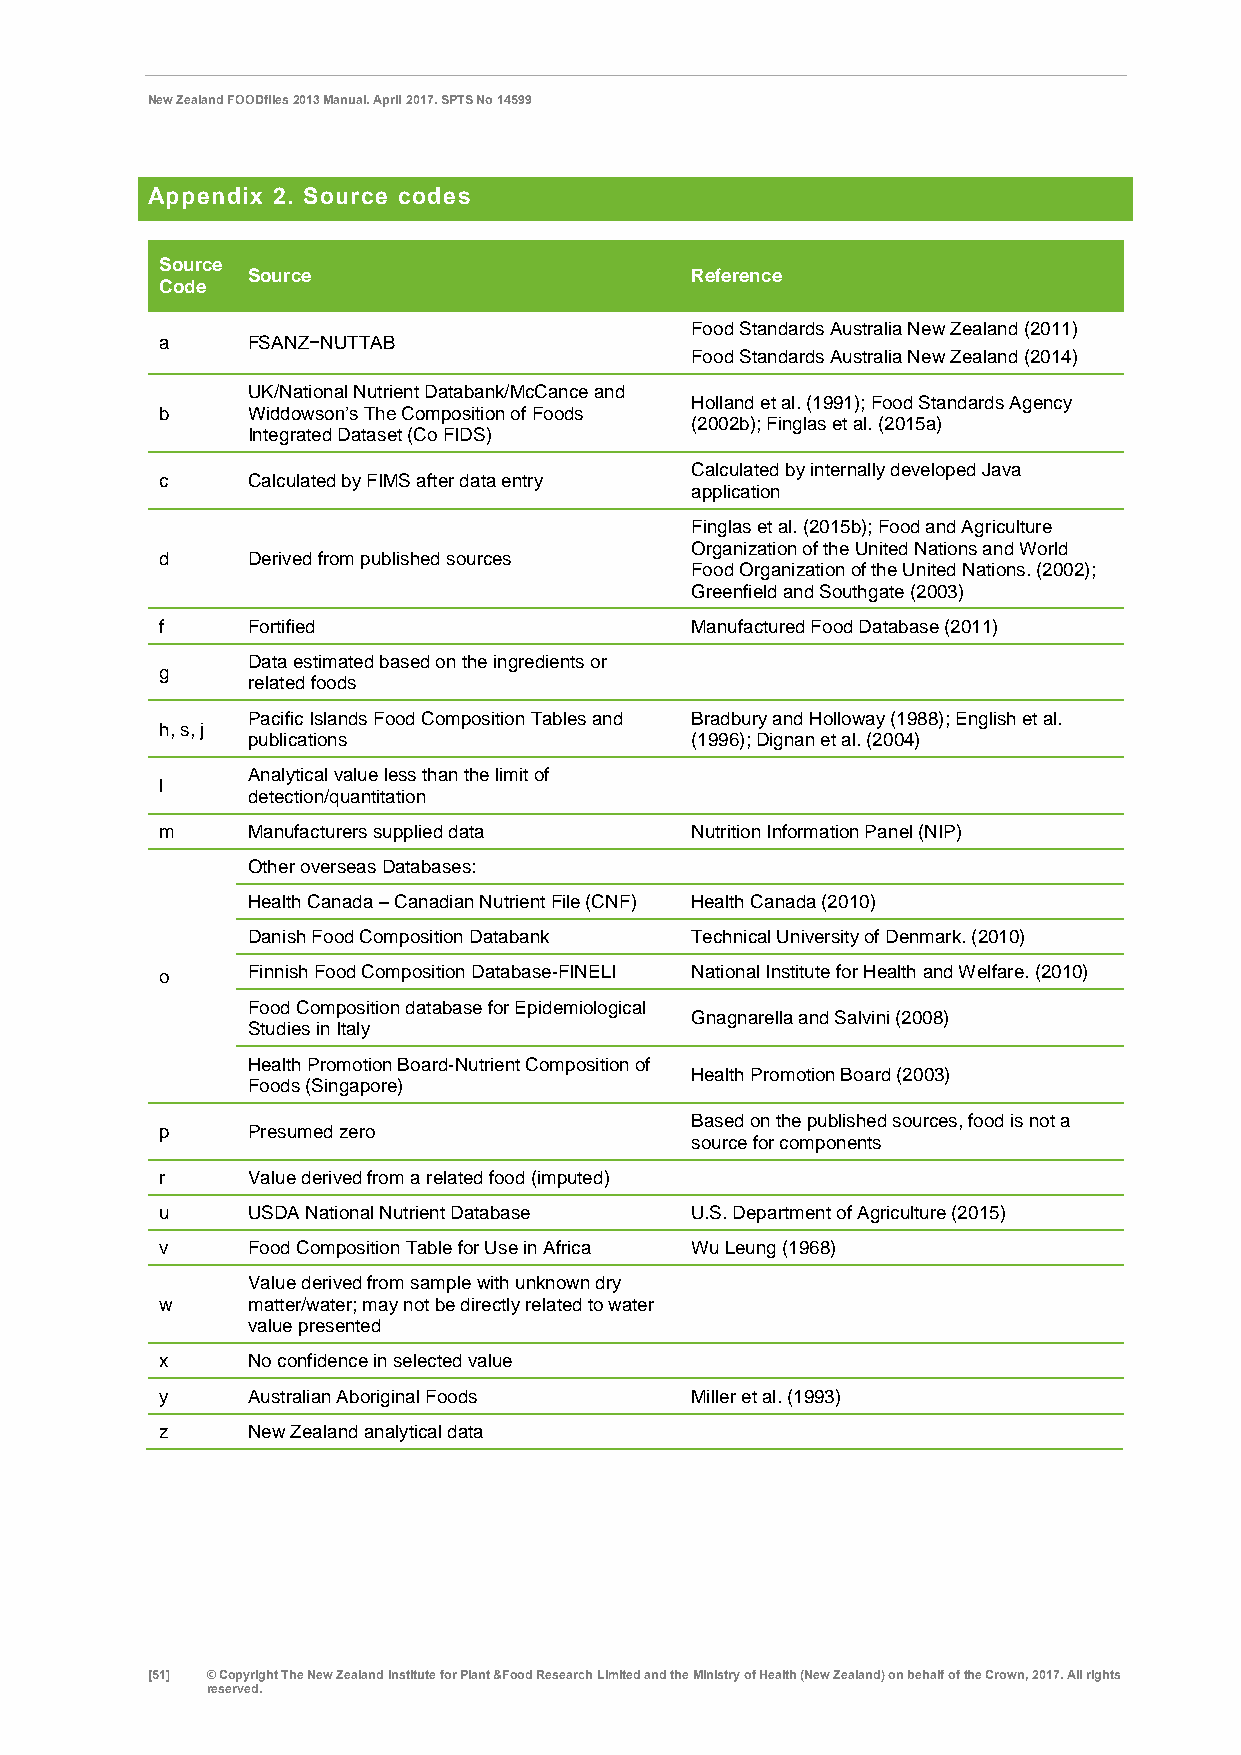
New Zealand FOODfiles 2013 Manual. April 2017. SPTS No 14599
 Appendix 2. Source codes
 Source
 Source                        Reference
 Code
 Food Standards Australia New Zealand (2011)
 a    FSANZ−NUTTAB
 Food Standards Australia New Zealand (2014)
 UK/National Nutrient Databank/McCance and
 Holland et al. (1991); Food Standards Agency
 b    Widdowson’s The Composition of Foods
 (2002b); Finglas et al. (2015a)
 Integrated Dataset (Co FIDS)
 Calculated by internally developed Java
 c    Calculated by FIMS after data entry
 application
 Finglas et al. (2015b); Food and Agriculture
 Organization of the United Nations and World
 d    Derived from published sources
 Food Organization of the United Nations. (2002);
 Greenfield and Southgate (2003)
 f    Fortified                     Manufactured Food Database (2011)
 Data estimated based on the ingredients or
 g
 related foods
 Pacific Islands Food Composition Tables and Bradbury and Holloway (1988); English et al.
 h, s, j
 publications                  (1996); Dignan et al. (2004)
 Analytical value less than the limit of
 l
 detection/quantitation
 m    Manufacturers supplied data   Nutrition Information Panel (NIP)
 Other overseas Databases:
 Health Canada – Canadian Nutrient File (CNF) Health Canada (2010)
 Danish Food Composition Databank Technical University of Denmark. (2010)
 o    Finnish Food Composition Database-FINELI National Institute for Health and Welfare. (2010)
 Food Composition database for Epidemiological
 Gnagnarella and Salvini (2008)
 Studies in Italy
 Health Promotion Board-Nutrient Composition of
 Health Promotion Board (2003)
 Foods (Singapore)
 Based on the published sources, food is not a
 p    Presumed zero
 source for components
 r    Value derived from a related food (imputed)
 u    USDA National Nutrient Database U.S. Department of Agriculture (2015)
 v    Food Composition Table for Use in Africa Wu Leung (1968)
 Value derived from sample with unknown dry
 w    matter/water; may not be directly related to water
 value presented
 x    No confidence in selected value
 y    Australian Aboriginal Foods   Miller et al. (1993)
 z    New Zealand analytical data
 [51] © Copyright The New Zealand Institute for Plant &Food Research Limited and the Ministry of Health (New Zealand) on behalf of the Crown, 2017. All rights
 reserved.